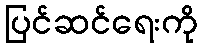
ပြင်ဆင်ရေးကို